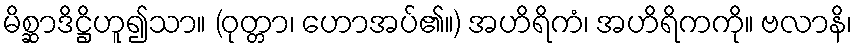
မိစ္ဆာဒိဋ္ဌိဟူ၍သာ။ (ဝုတ္တာ၊ ဟောအပ်၏။) အဟိရိကံ၊ အဟိရိကကို။ ဗလာနိ၊